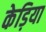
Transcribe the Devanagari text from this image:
केड़िया